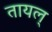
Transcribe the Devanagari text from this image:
तायल्